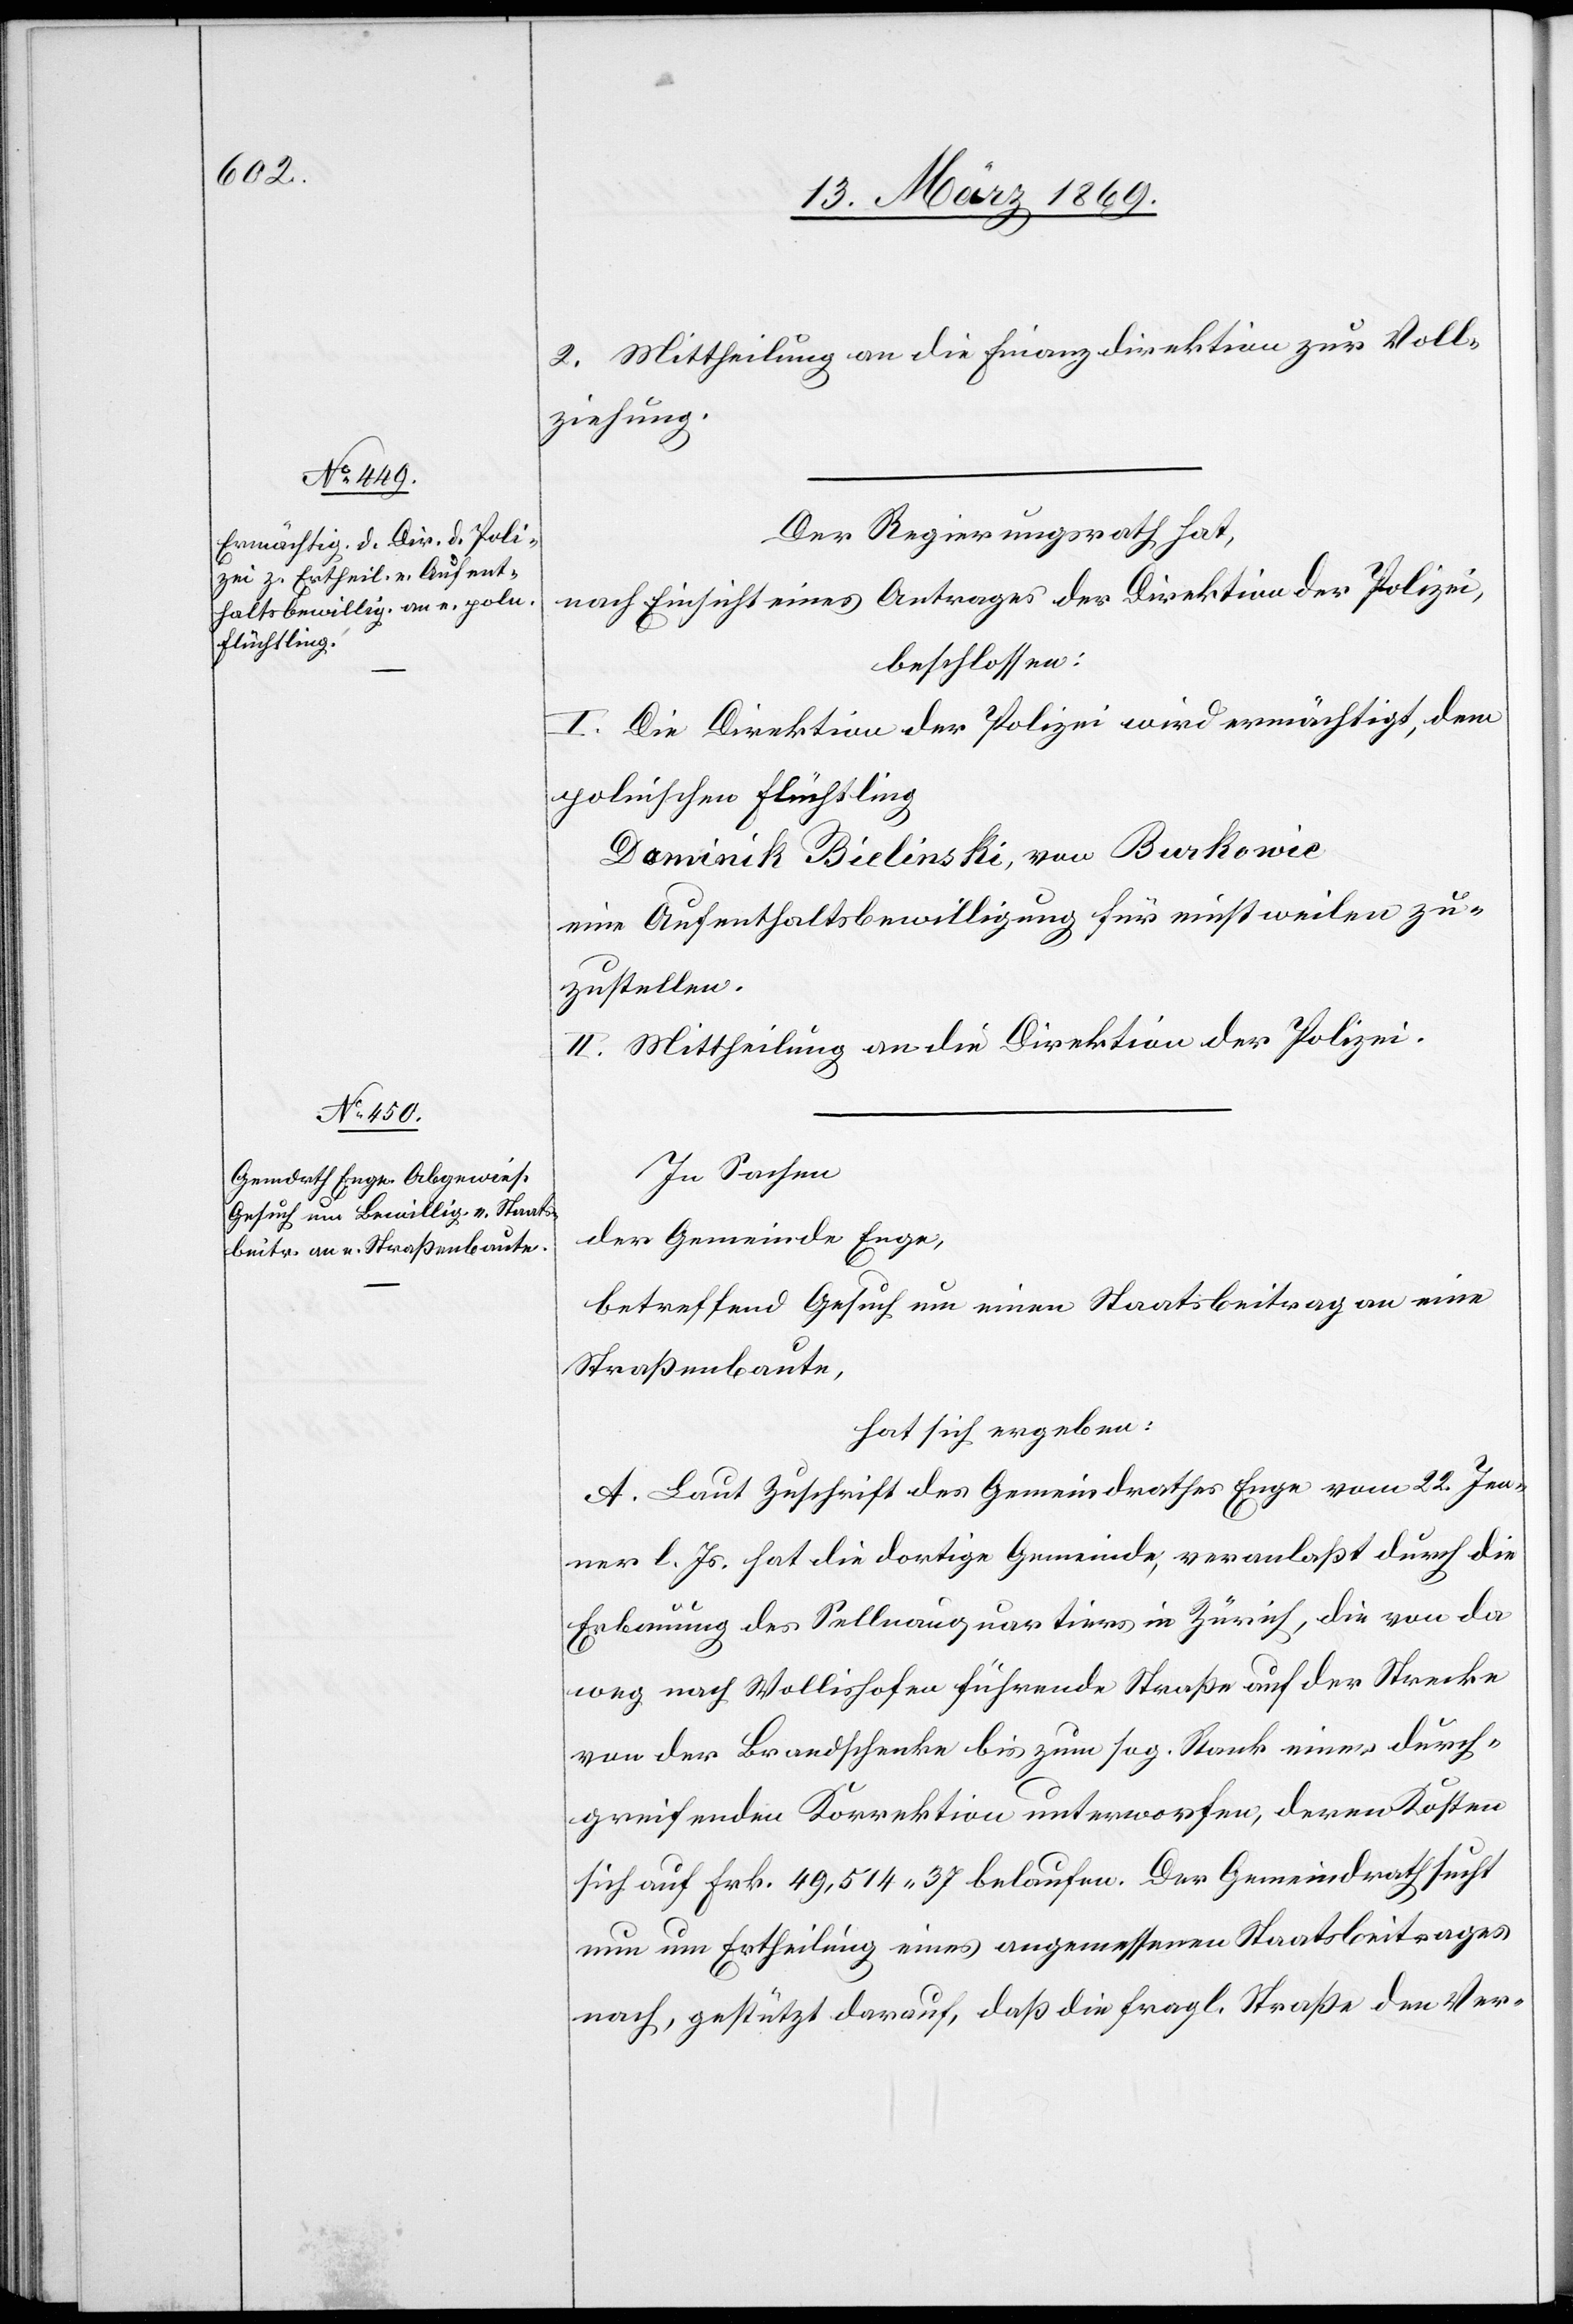
2. Mittheilung an die Finanzdirektion zur Voll¬
ziehung.
Der Regierungsrath hat,
nach Einsicht eines Antrages der Direktion der Polizei,
beschlossen:
I. Die Direktion der Polizei wird ermächtigt, dem
polnischen Flüchtling
Dominik Bielinksi, von Buskowic
eine Aufenthaltsbewilligung für einstweilen zu¬
zustellen.
II. Mittheilung an die Direktion der Polizei.
In Sachen
der Gemeinde Enge,
betreffend Gesuch um einen Staatsbeitrag an eine
Straßenbaute,
hat sich ergeben:
A. Laut Zuschrift des Gemeindrathes Enge vom 22. Jen¬
ner l. Js. hat die dortige Gemeinde, veranlaßt durch die
Erbauung des Sellnauquartiers in Zürich, die von da
weg nach Wollishofen führende Straße auf der Strecke
von der Brandschenke bis zum sog. Rank einer durch¬
greifenden Korrektion unterworfen, deren Kosten
sich auf Frk. 49,514.37 belaufen. Der Gemeindrath sucht
nun um Ertheilung eines angemessenen Staatsbeitrages
nach, gestützt darauf, daß die fragl. Straße den Ver-